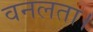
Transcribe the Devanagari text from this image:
वनलता।